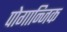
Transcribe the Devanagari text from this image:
पोगान्जिक